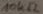
Text: 10KΩ